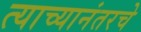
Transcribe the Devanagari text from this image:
त्याच्यानंतरचे